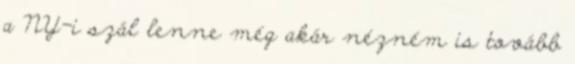
a NY-i szál lenne még akár nézném is tovább